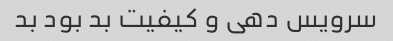
سرویس دهی و کیفیت بد بود بد